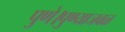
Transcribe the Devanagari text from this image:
पुणे।पुण्याजवळ